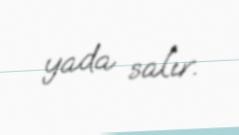
yada salır.